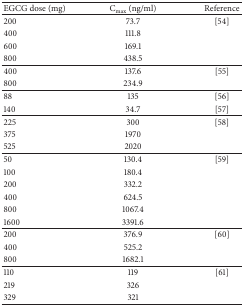
<table><thead><tr><td><b>EGCG dose (mg)</b></td><td><b>C<sub>max</sub> (ng/ml)</b></td><td><b>Reference</b></td></tr></thead><tbody><tr><td>200</td><td>73.7</td><td>[54]</td></tr><tr><td>400</td><td>111.8</td><td> </td></tr><tr><td>600</td><td>169.1</td><td> </td></tr><tr><td>800</td><td>438.5</td><td> </td></tr><tr><td>400</td><td>137.6</td><td>[55]</td></tr><tr><td>800</td><td>234.9</td><td> </td></tr><tr><td>88</td><td>135</td><td>[56]</td></tr><tr><td>140</td><td>34.7</td><td>[57]</td></tr><tr><td>225</td><td>300</td><td>[58]</td></tr><tr><td>375</td><td>1970</td><td> </td></tr><tr><td>525</td><td>2020</td><td> </td></tr><tr><td>50</td><td>130.4</td><td>[59]</td></tr><tr><td>100</td><td>180.4</td><td> </td></tr><tr><td>200</td><td>332.2</td><td> </td></tr><tr><td>400</td><td>624.5</td><td> </td></tr><tr><td>800</td><td>1067.4</td><td> </td></tr><tr><td>1600</td><td>3391.6</td><td> </td></tr><tr><td>200</td><td>376.9</td><td>[60]</td></tr><tr><td>400</td><td>525.2</td><td> </td></tr><tr><td>800</td><td>1682.1</td><td> </td></tr><tr><td>110</td><td>119</td><td>[61]</td></tr><tr><td>219</td><td>326</td><td> </td></tr><tr><td>329</td><td>321</td><td> </td></tr></tbody></table>